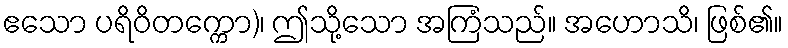
ဧသော ပရိဝိတက္ကော)၊ ဤသို့သော အကြံသည်။ အဟောသိ၊ ဖြစ်၏။